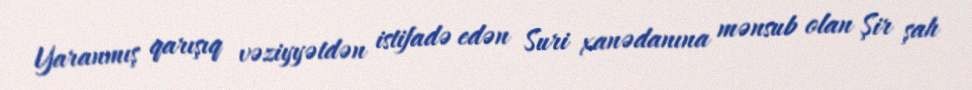
Yaranmış qarışıq vəziyyətdən istifadə edən Suri xanədanına mənsub olan Şir şah